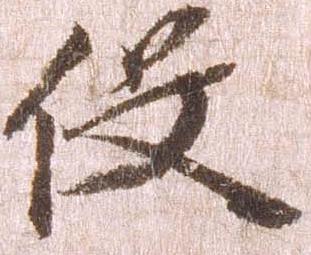
役